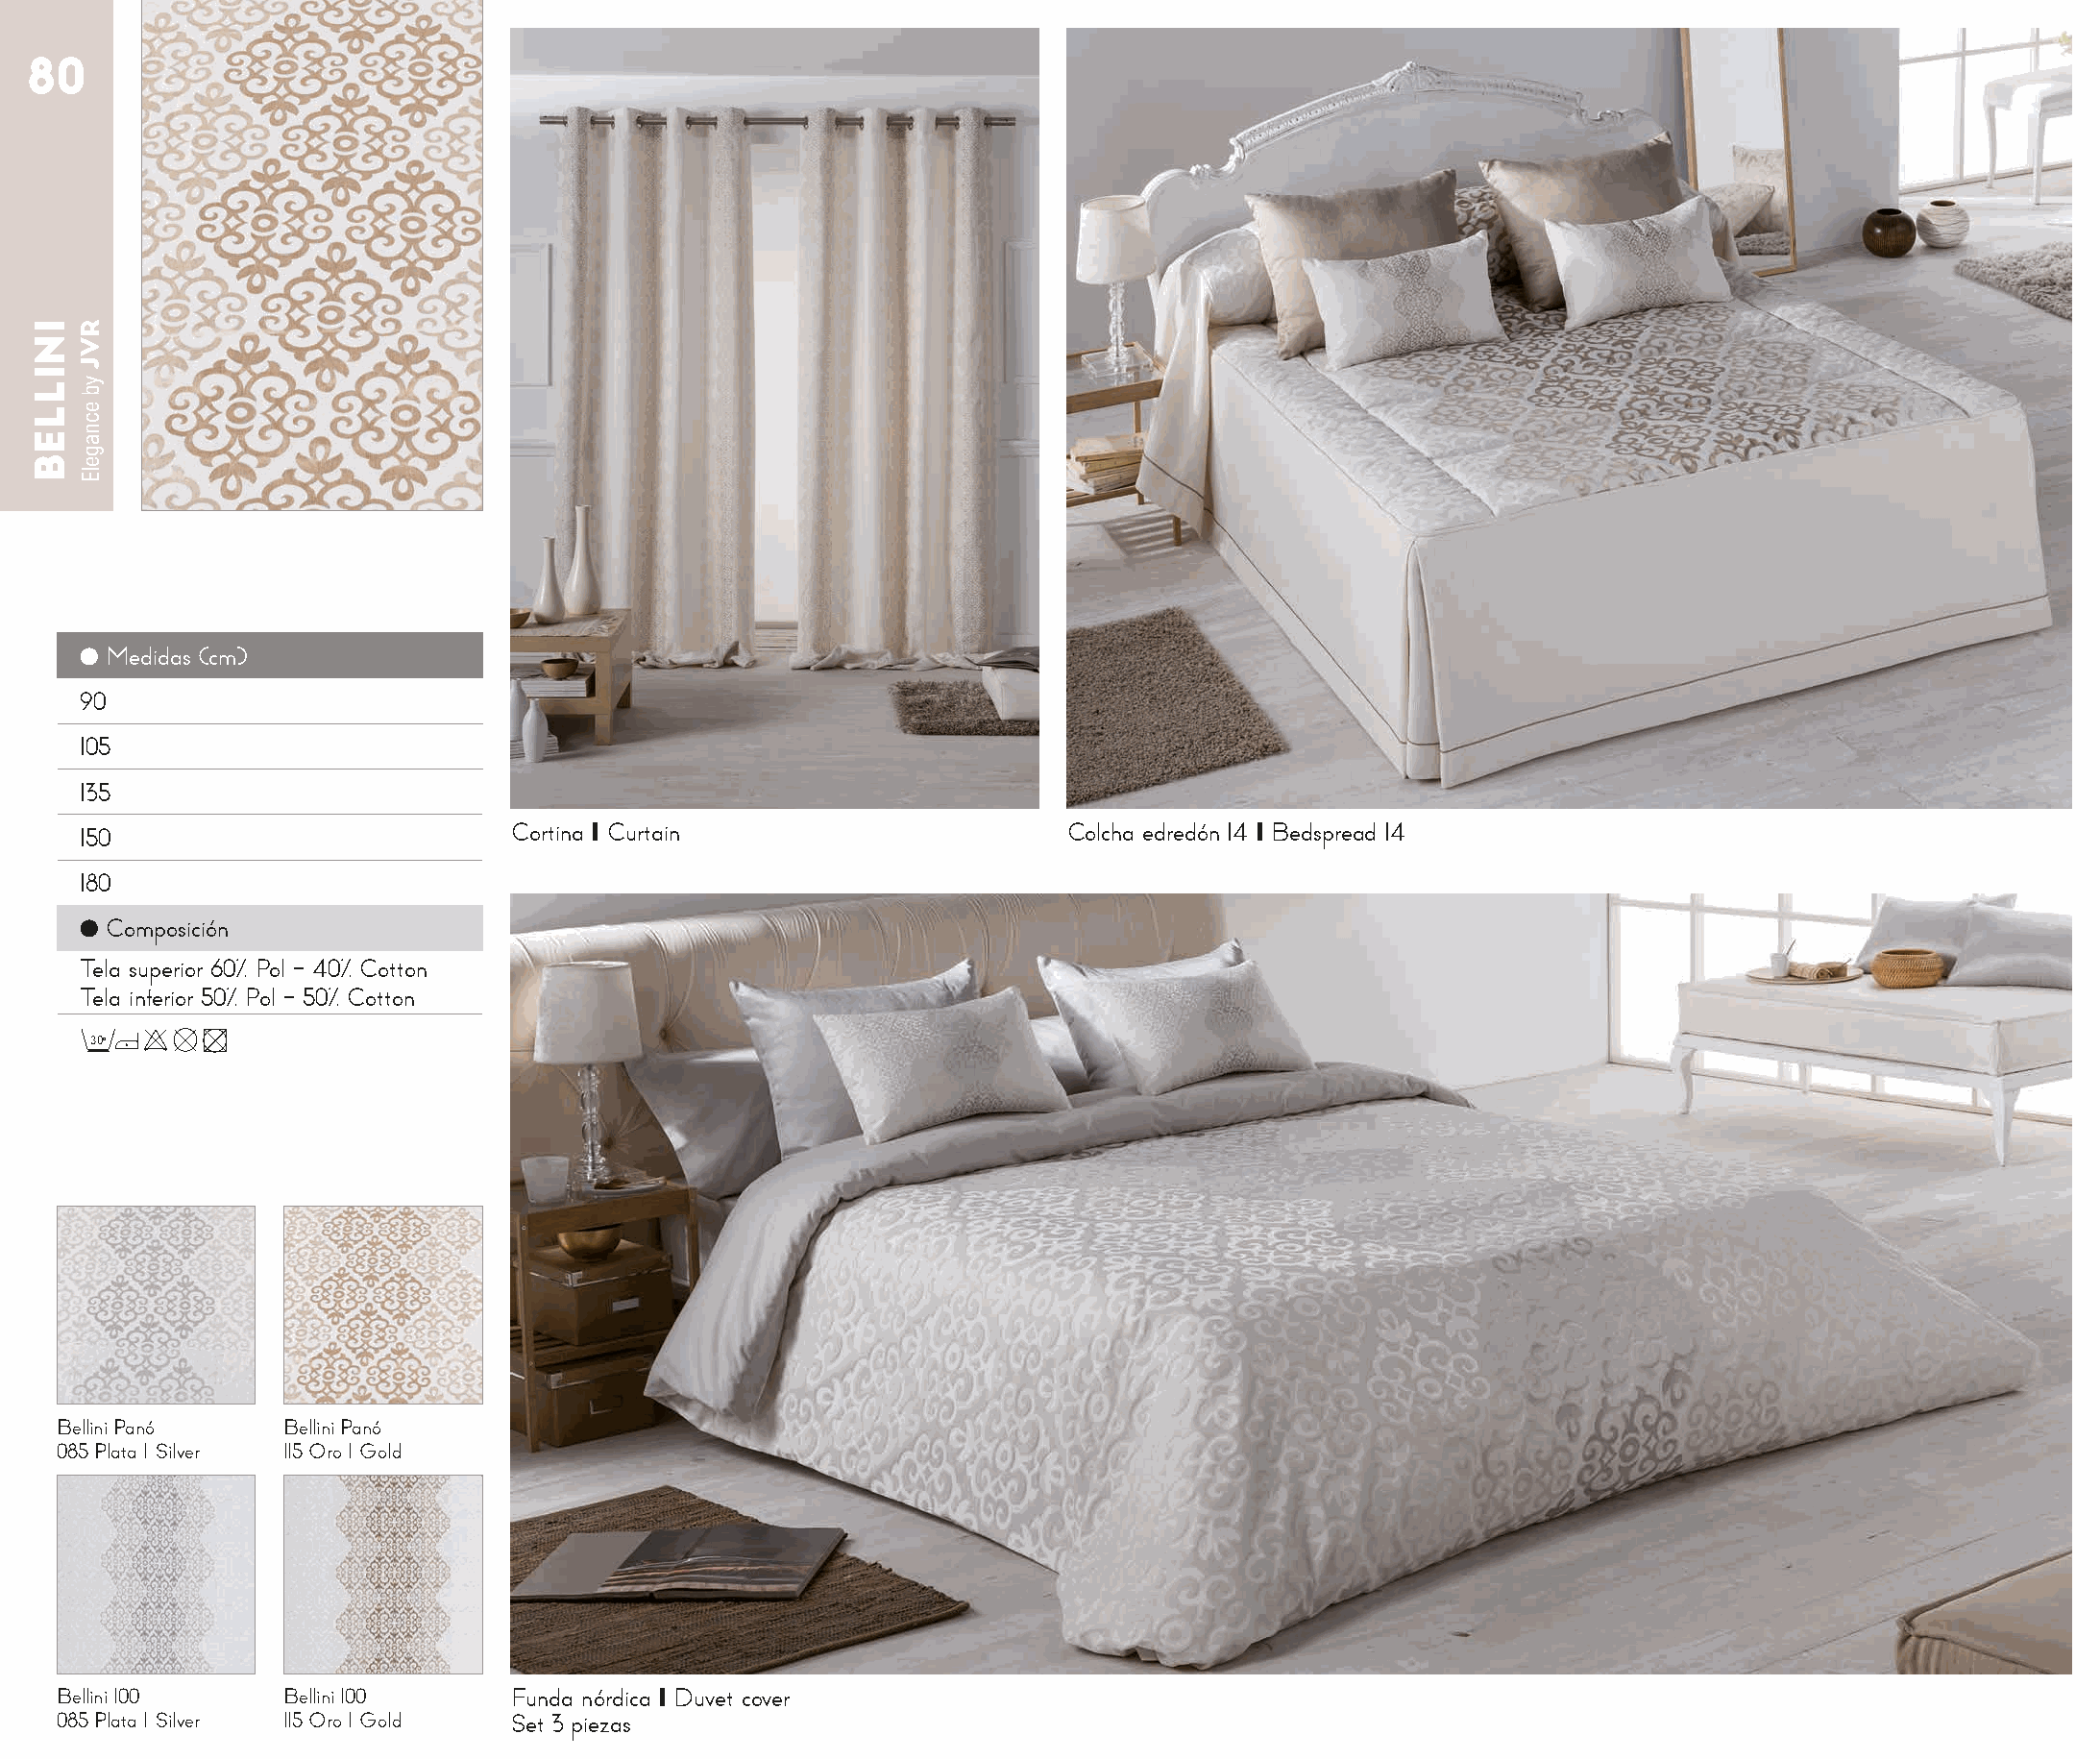
80
 ● Medidas (cm)
 90
 105
 135
 150                          Cortina I Curtain                      Colcha edredón 14 I Bedspread 14
 180
 ● Composición
 Tela superior 60% Pol - 40% Cotton
 Tela inferior 50% Pol - 50% Cotton
 30o
 Bellini Panó    Bellini Panó
 085 Plata I Silver 115 Oro I Gold
 Bellini 100     Bellini 100    Funda nórdica I Duvet cover
 085 Plata I Silver 115 Oro I Gold Set 3 piezas
 INILLEB RVJ
 yb
 ecnagelE